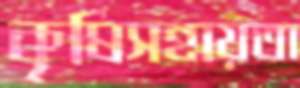
কৃষিসহায়তা